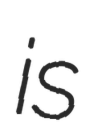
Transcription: is